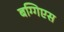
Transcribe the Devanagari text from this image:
बग्गिएस